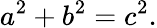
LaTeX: a^{2}+b^{2}=c^{2}.